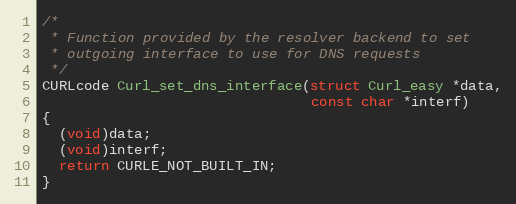
Language: C
/*
 * Function provided by the resolver backend to set
 * outgoing interface to use for DNS requests
 */
CURLcode Curl_set_dns_interface(struct Curl_easy *data,
                                const char *interf)
{
  (void)data;
  (void)interf;
  return CURLE_NOT_BUILT_IN;
}